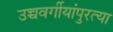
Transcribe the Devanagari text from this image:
उच्चवर्गीयांपुरत्या